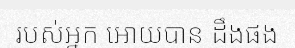
របស់អ្នក អោយបាន ដឹងផង